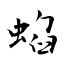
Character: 蜭